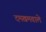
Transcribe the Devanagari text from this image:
दमखमवाले